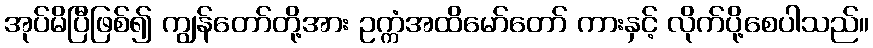
အုပ်မိပြီဖြစ်၍ ကျွန်တော်တို့အား ဥက္ကံအထိမော်တော် ကားနှင့် လိုက်ပို့စေပါသည်။